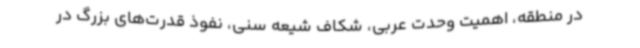
در منطقه‌، اهمیت وحدت عربی‌، شکاف شیعه سنی‌، نفوذ قدرت‌های بزرگ در